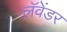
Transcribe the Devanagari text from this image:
लॅवेंडर